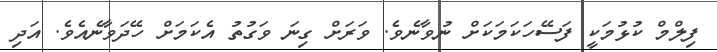
ފިލްމް ކުޅުމަކީ ފަސޭހަކަމަކަށް ނުވާނެވެ. ވަރަށް ގިނަ ވަގުތު އެކަމަށް ހޭދަވާނެއެވެ. އަދި